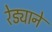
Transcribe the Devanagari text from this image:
रेड्याने